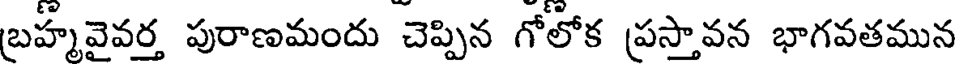
బ్రహ్మవైవర్త పురాణమందు చెప్పిన గోలోక ప్రస్తావన భాగవతమున